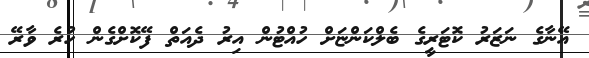
އޭނާގެ ނަޒަރު ކޮޓަރީގެ ބެލްކަންޏަށް ހުއްޓުން އިރު ދެއަތް ފޭކޮށްގެން ހުރެ ވާރޭ